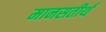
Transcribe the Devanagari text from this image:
मानसतीर्थ